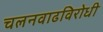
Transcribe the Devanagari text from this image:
चलनवाढविरोधी